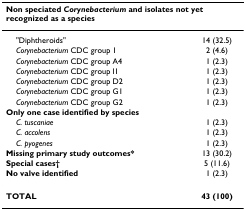
<table><thead><tr><td colspan="2"><b>Non speciated <i>Corynebacterium </i>and isolates not yet recognized as a species</b></td></tr></thead><tbody><tr><td> &quot;Diphtheroids&quot;</td><td>14 (32.5)</td></tr><tr><td> <i>Corynebacterium </i>CDC group 1</td><td>2 (4.6)</td></tr><tr><td> <i>Corynebacterium </i>CDC group A4</td><td>1 (2.3)</td></tr><tr><td> <i>Corynebacterium </i>CDC group I1</td><td>1 (2.3)</td></tr><tr><td> <i>Corynebacterium </i>CDC group D2</td><td>1 (2.3)</td></tr><tr><td> <i>Corynebacterium </i>CDC group G1</td><td>1 (2.3)</td></tr><tr><td> <i>Corynebacterium </i>CDC group G2</td><td>1 (2.3)</td></tr><tr><td><b>Only one case identified by species</b></td><td></td></tr><tr><td> <i>C. tuscaniae</i></td><td>1 (2.3)</td></tr><tr><td> <i>C. accolens</i></td><td>1 (2.3)</td></tr><tr><td> <i>C. pyogenes</i></td><td>1 (2.3)</td></tr><tr><td><b>Missing primary study outcomes*</b></td><td>13 (30.2)</td></tr><tr><td><b>Special cases†</b></td><td>5 (11.6)</td></tr><tr><td><b>No valve identified</b></td><td>1 (2.3)</td></tr><tr><td><b>TOTAL</b></td><td><b>43 (100)</b></td></tr></tbody></table>